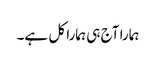
ہمارا آج ہی ہمارا کل ہے۔